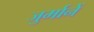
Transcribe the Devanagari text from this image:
जुर्मानें